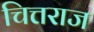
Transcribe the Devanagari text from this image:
चित्तराज